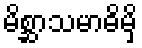
မိစ္ဆာသမာဓိမှိ